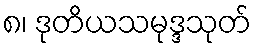
၈၊ ဒုတိယသမုဒ္ဒသုတ်